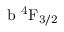
\mathrm { b \ ^ { 4 } F _ { 3 / 2 } }